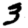
Digit: 3